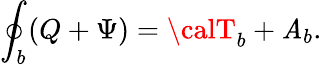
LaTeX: \oint_{b}(Q+\Psi)={\calT}_{b}+\mathit{A}_{b}.